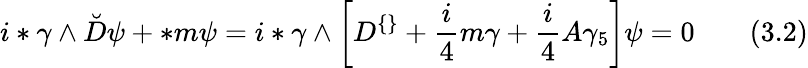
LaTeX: i*\gamma\wedge\breve{D}\psi+*m\psi=i*\gamma\wedge\left[D^{\{ \} }+\frac{i}{4}m\gamma+\frac{i}{4}A\gamma_{5}\right]\psi=0\; \; \; \; \; \; \; (3.2)